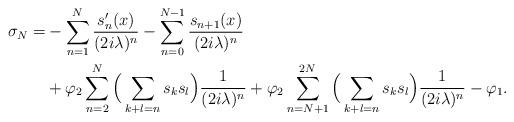
\begin{align*}\sigma_N=& -\sum_{n=1}^N\frac{s'_n(x)}{(2i\lambda)^n}- \sum_{n=0}^{N-1}\frac{s_{n+1}(x)}{(2i\lambda)^n} \\& + \varphi_2\sum_{n=2}^N\Big(\sum_{k+ l=n}s_ks_l\Big)\frac{1}{(2i\lambda)^n} + \varphi_2 \sum_{n=N+1}^{2N}\Big(\sum_{k+l= n}s_ks_l\Big) \frac{1}{(2i\lambda)^n}-\varphi_1.\end{align*}